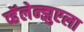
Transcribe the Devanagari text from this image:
व्हॅलेन्झुएला